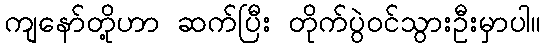
ကျနော်တို့ဟာ ဆက်ပြီး တိုက်ပွဲဝင်သွားဦးမှာပါ။